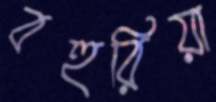
বহুরিয়া